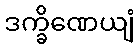
ဒက္ခိဏေယျံ